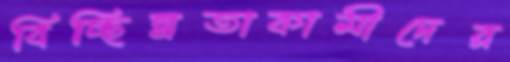
বিচ্ছিন্নতাকামীদের